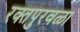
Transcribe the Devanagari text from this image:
रक्तपुरवळा